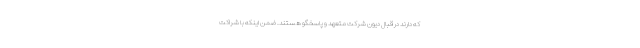
که دارند در قبال دیون شرکت متعهد و پاسخگو هستند. ضمن اینکه با شراکت